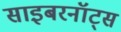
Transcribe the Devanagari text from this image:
साइबरनॉट्स